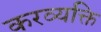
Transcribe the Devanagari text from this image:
करव्यक्ति